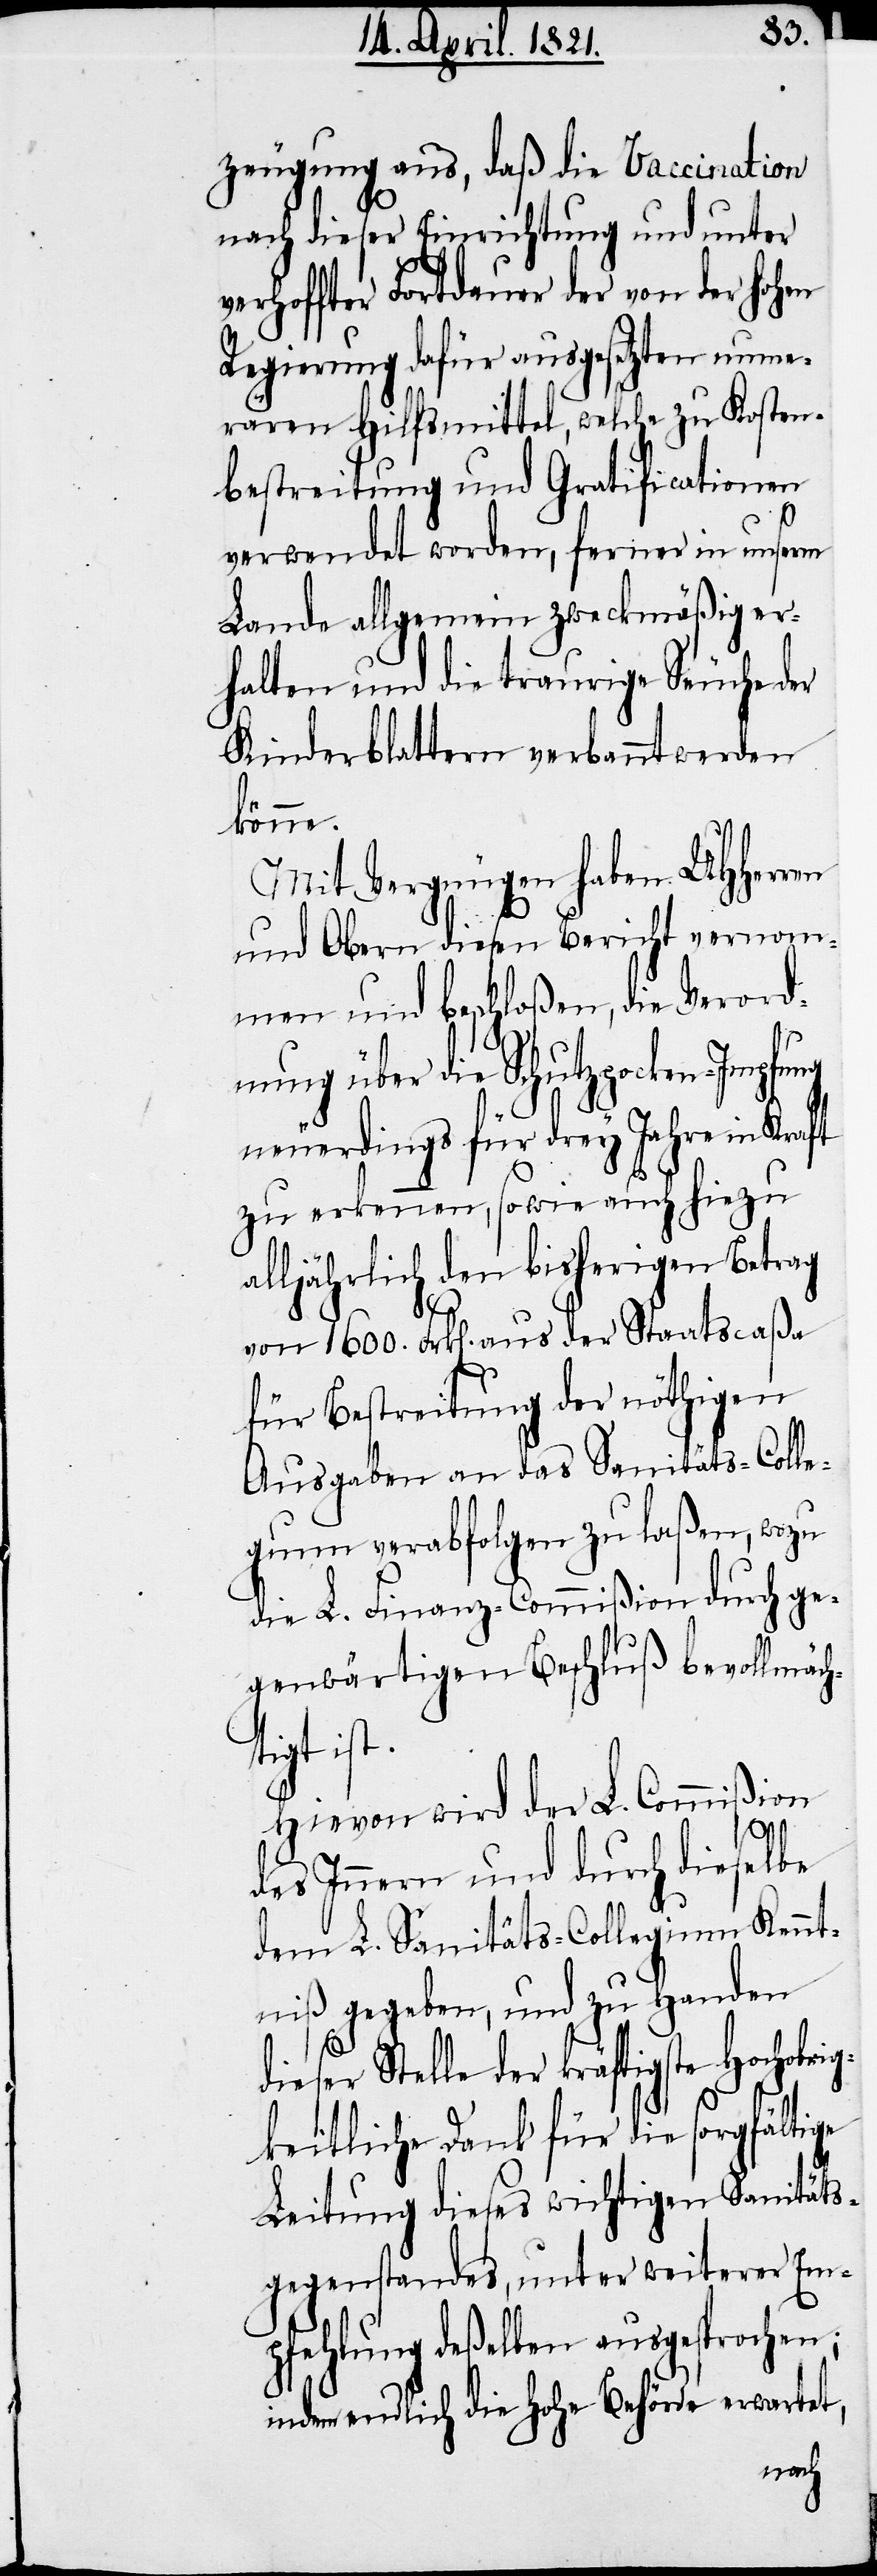
zeugung aus, daß die Vaccination
nach dieser Einrichtung und unter
verhoffter Fortdauer der von der hohen
Regierung dafür ausgesetzten nume¬
rären Hilfsmittel, welche zu Kosten¬
bestreitung und Gratificationen
ri¬
verwendet worden, ferner in unserm
Lande allgemein zweckmäßig er¬
halten und die traurige Seuche der
Kinderblattern verbannt werden
könne.
Mit Vergnügen haben UHHerren
und Obern diesen Bericht vernom¬
men und beschloßen, die Verord¬
nung über die Schutzpocken-Impfu¬
neuerdings für drey Jahre in Kraft
zu erkennen, so wie auch hiezu
alljährlich den bisherigen Betrag
von 1600. Frk[en]. aus der Staatscaßa
für Bestreitung der nöthigen
Ausgaben an das Sanitäts-Colle¬
gium verabfolgen zu laßen, wozu
die L. Finanz-Commißion durch ge¬
genwärtigen Beschluß bevollm¬
tigt ist.
ßion
Hievon wird der L. Commi¬
des Innern und durch dieselbe
dem L. Sanitäts-Collegium Kennt¬
niß gegeben, und zu Handen
dieser Stelle der kräftigste Hochob¬
gkeitliche Dank für die sorgfältige
Leitung dieses wichtigen Sanitäts¬
gegenstandes, unter weiterer Em¬
pfehlung deßelben ausgesprochen;
indem endlich die hohe Behörde erwartet,
äch¬